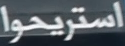
استريحوا